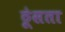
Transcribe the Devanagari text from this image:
ठूंसता